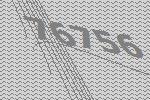
76756